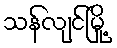
သန်လျင်မြို့